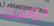
جوست